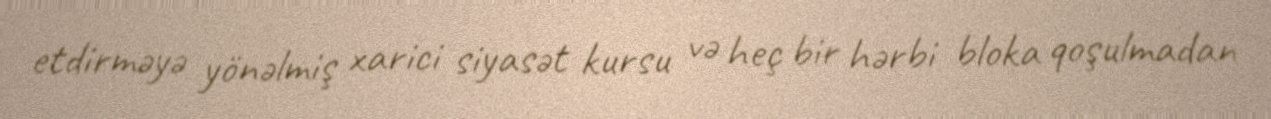
etdirməyə yönəlmiş xarici siyasət kursu və heç bir hərbi bloka qoşulmadan